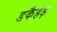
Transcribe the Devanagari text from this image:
डकैहड़